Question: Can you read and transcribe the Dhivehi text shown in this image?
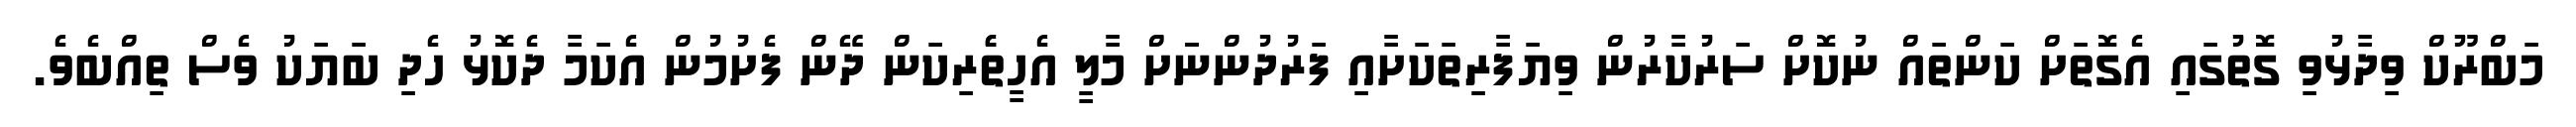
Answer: މަބްރޫކް ވިދާޅުވި ގޮތުގައި އެގޮތަށް ކަންތައް ނުކޮށް ސަރުކާރުން ވިޔަފާރިތަކަށާއި ފަރުދުންނަަށް މާލީ އެހީތެެރިކަން ދޭން ފެށުމުން އެކަމާ ދެކޮޅު ހެދި ބަޔަކު ވެސް ތިއްބެވެ.